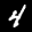
Label: 4